Tartu_Linna_ja_Maakonna_Kaitseliit, lk 28
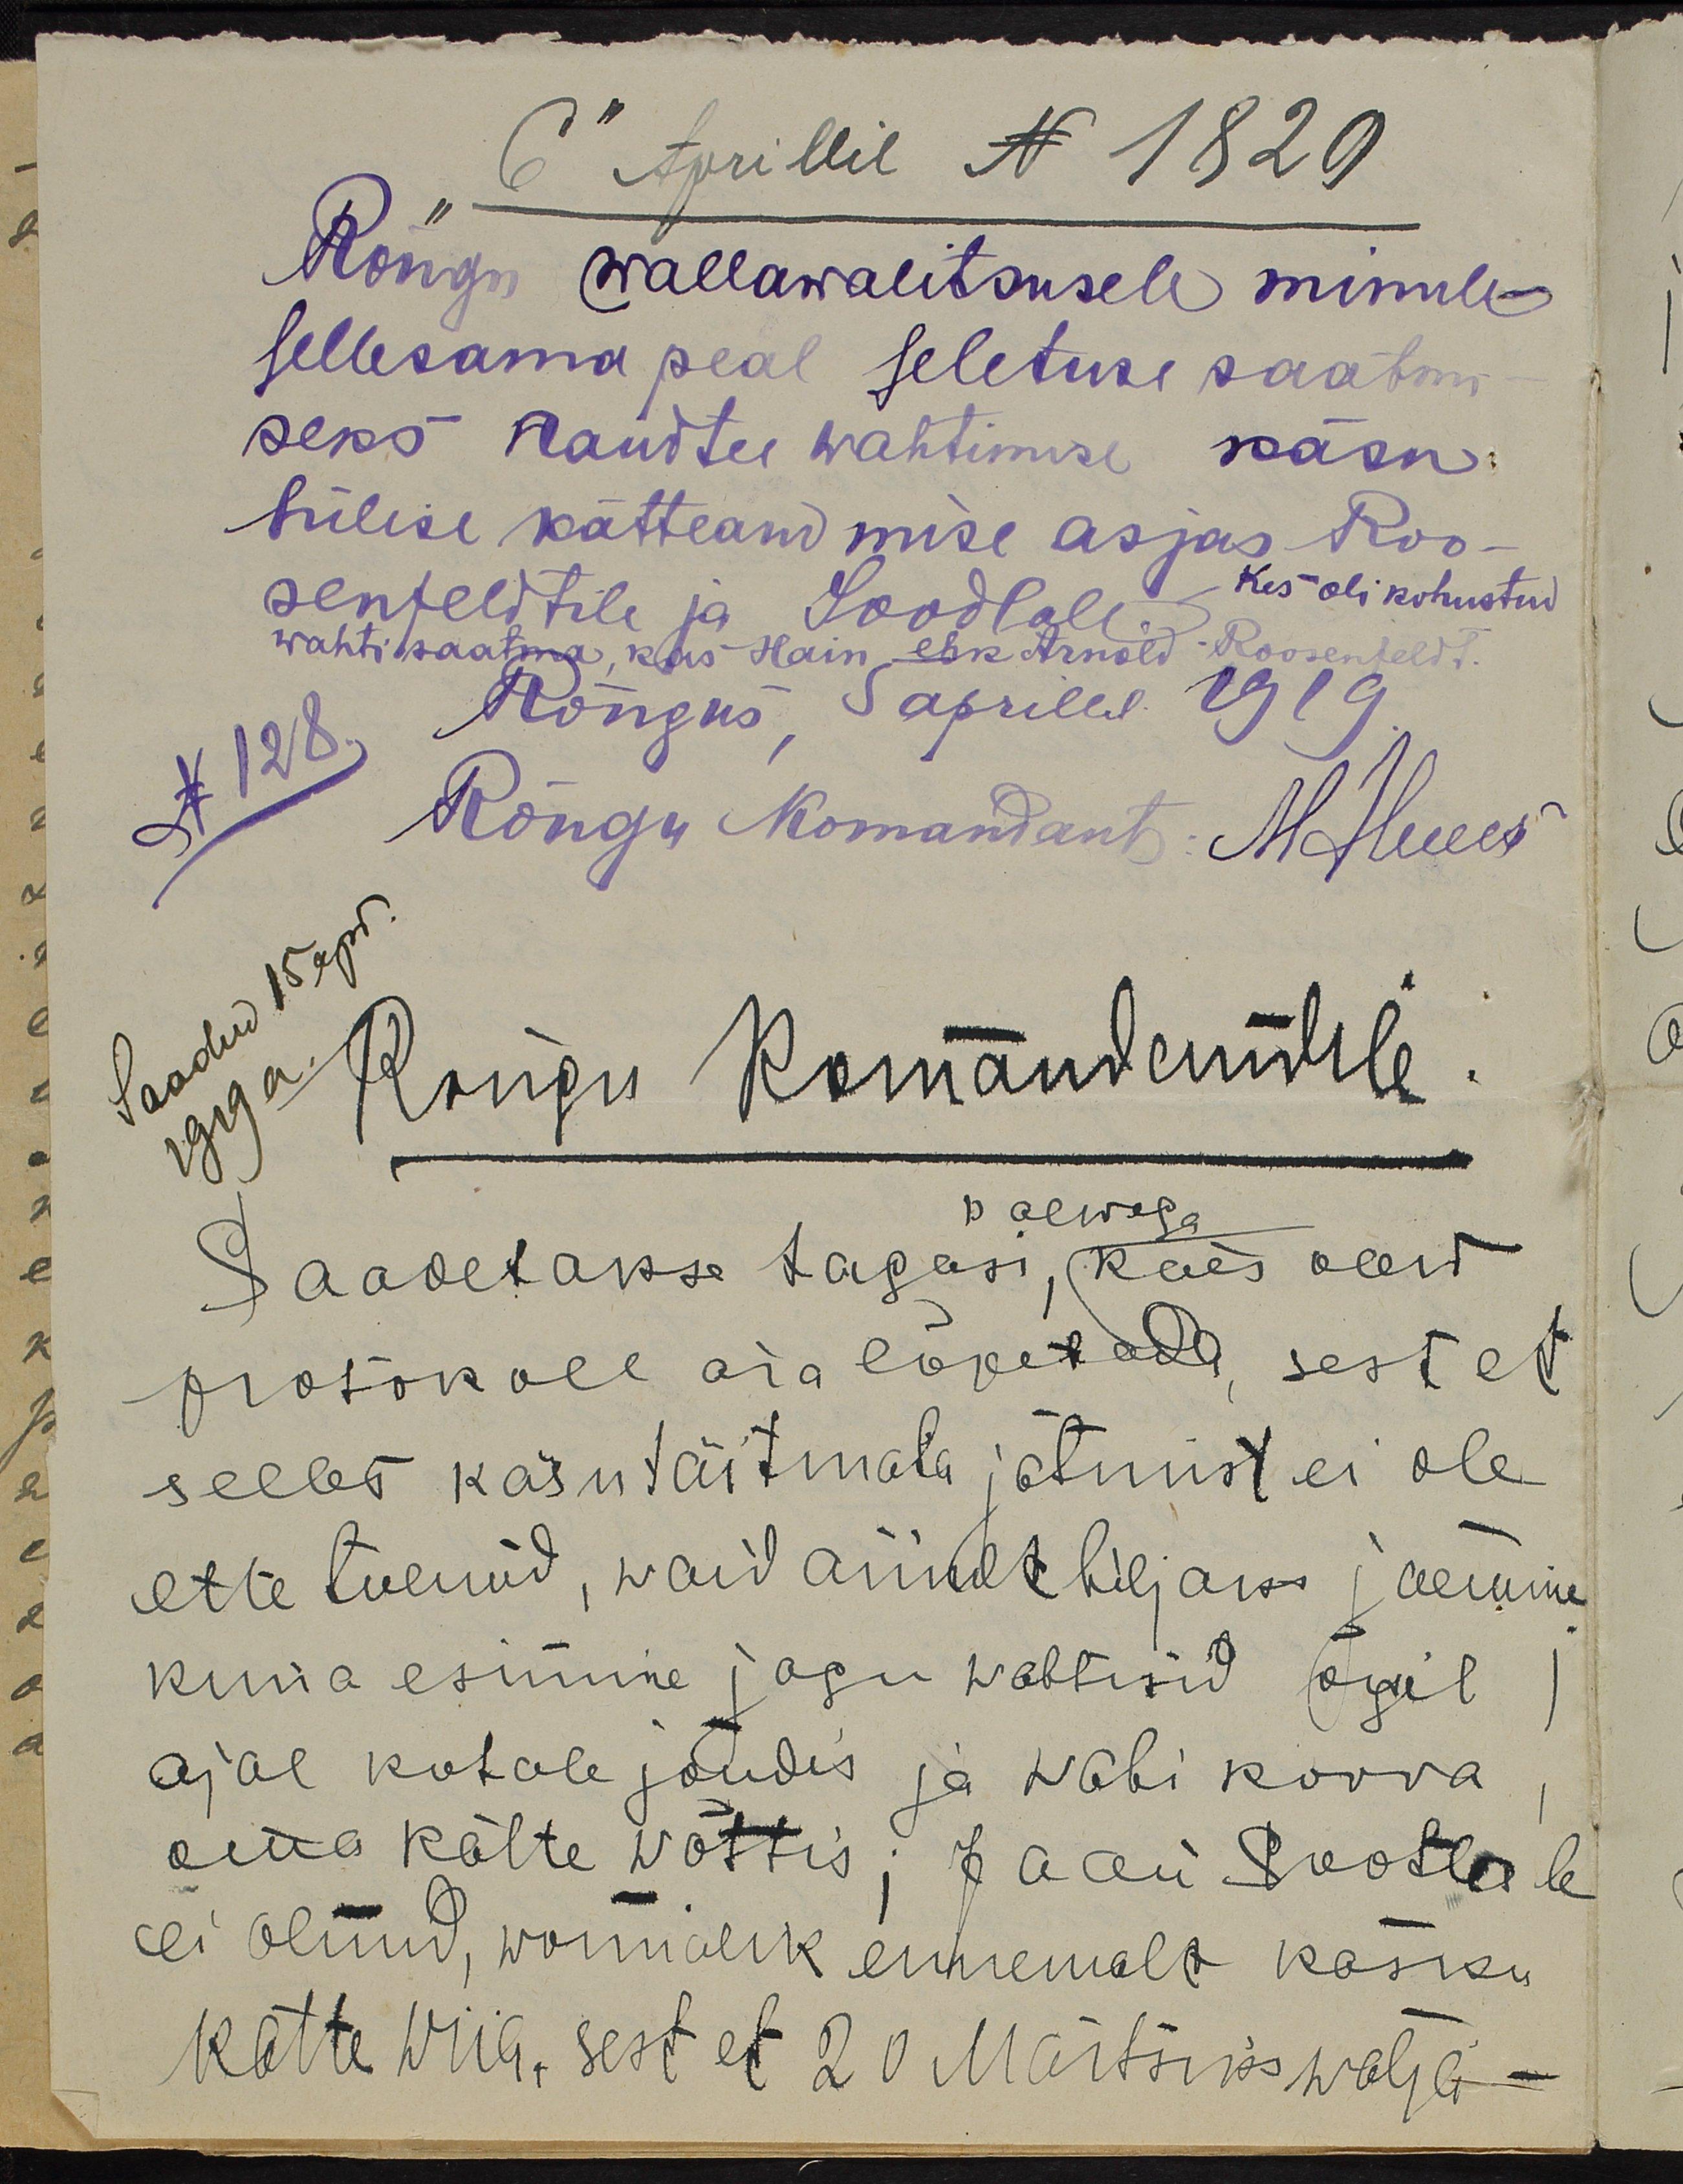
6" Aprillil N 1829
Rõngu wallawalitsusele minule
sellesama peal seletuse saatmi-
seks Raudtee wahtimise käsu
hilise kätteandmise asjas Roo-
senfeldtile ja Soodlale
Kes oli kohustud
wahti saatma, kus Hain ehk Arnold Roosenfeldt.
XN128.
Rõngus, 5. aprilil 1919
Rõngu Komandant: H. Ilwes
Saadud 15 kop.
1919.a
Rõngu Komandandile.
palwega
Saadetakse tagasi, käes olew
protokoll ära lõpetada, sest et
selles käsu täitmata jätmist ei ole
ette tulnud, waid ainult hiljaks jäemine
kuna esimine jagu wahtisid õigil
ajal kohale jõudis ja wahi korra
oma kätte wõttis; Jaan Sootlale
ei olnud, wõimalik ennemalt käsku
kätte wiia, sest et 20 Märtsiks wälja -